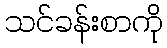
သင်ခန်းစာကို